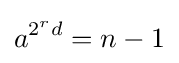
a^{2^{r}d}=n-1